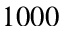
1 0 0 0